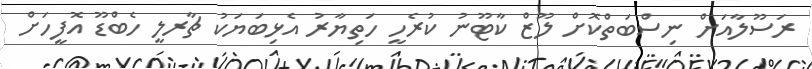
ރަސޫލާއަށް ނިސްބަތްކޮށް ލޫޒް ކާޓޫނު ކުރެހީ ހަތިޔާރު އެޅިބަޔަކު ޗާރލީ ހެބްޑޫ އޮފީހަށް